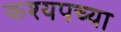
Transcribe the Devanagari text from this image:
कश्यपच्या